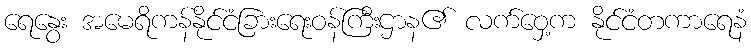
ရေနွေး အမေရိကန်နိုင်ငံခြားရေးဝန်ကြီးဌာန၏ လက်ဝှေ့က နိုင်ငံတကာရေနံ